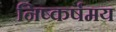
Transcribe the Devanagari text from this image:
निष्कर्षमय